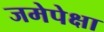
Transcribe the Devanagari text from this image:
जमेपेक्षा